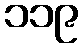
၁၁၉